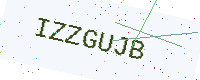
Text: IZZGUJB